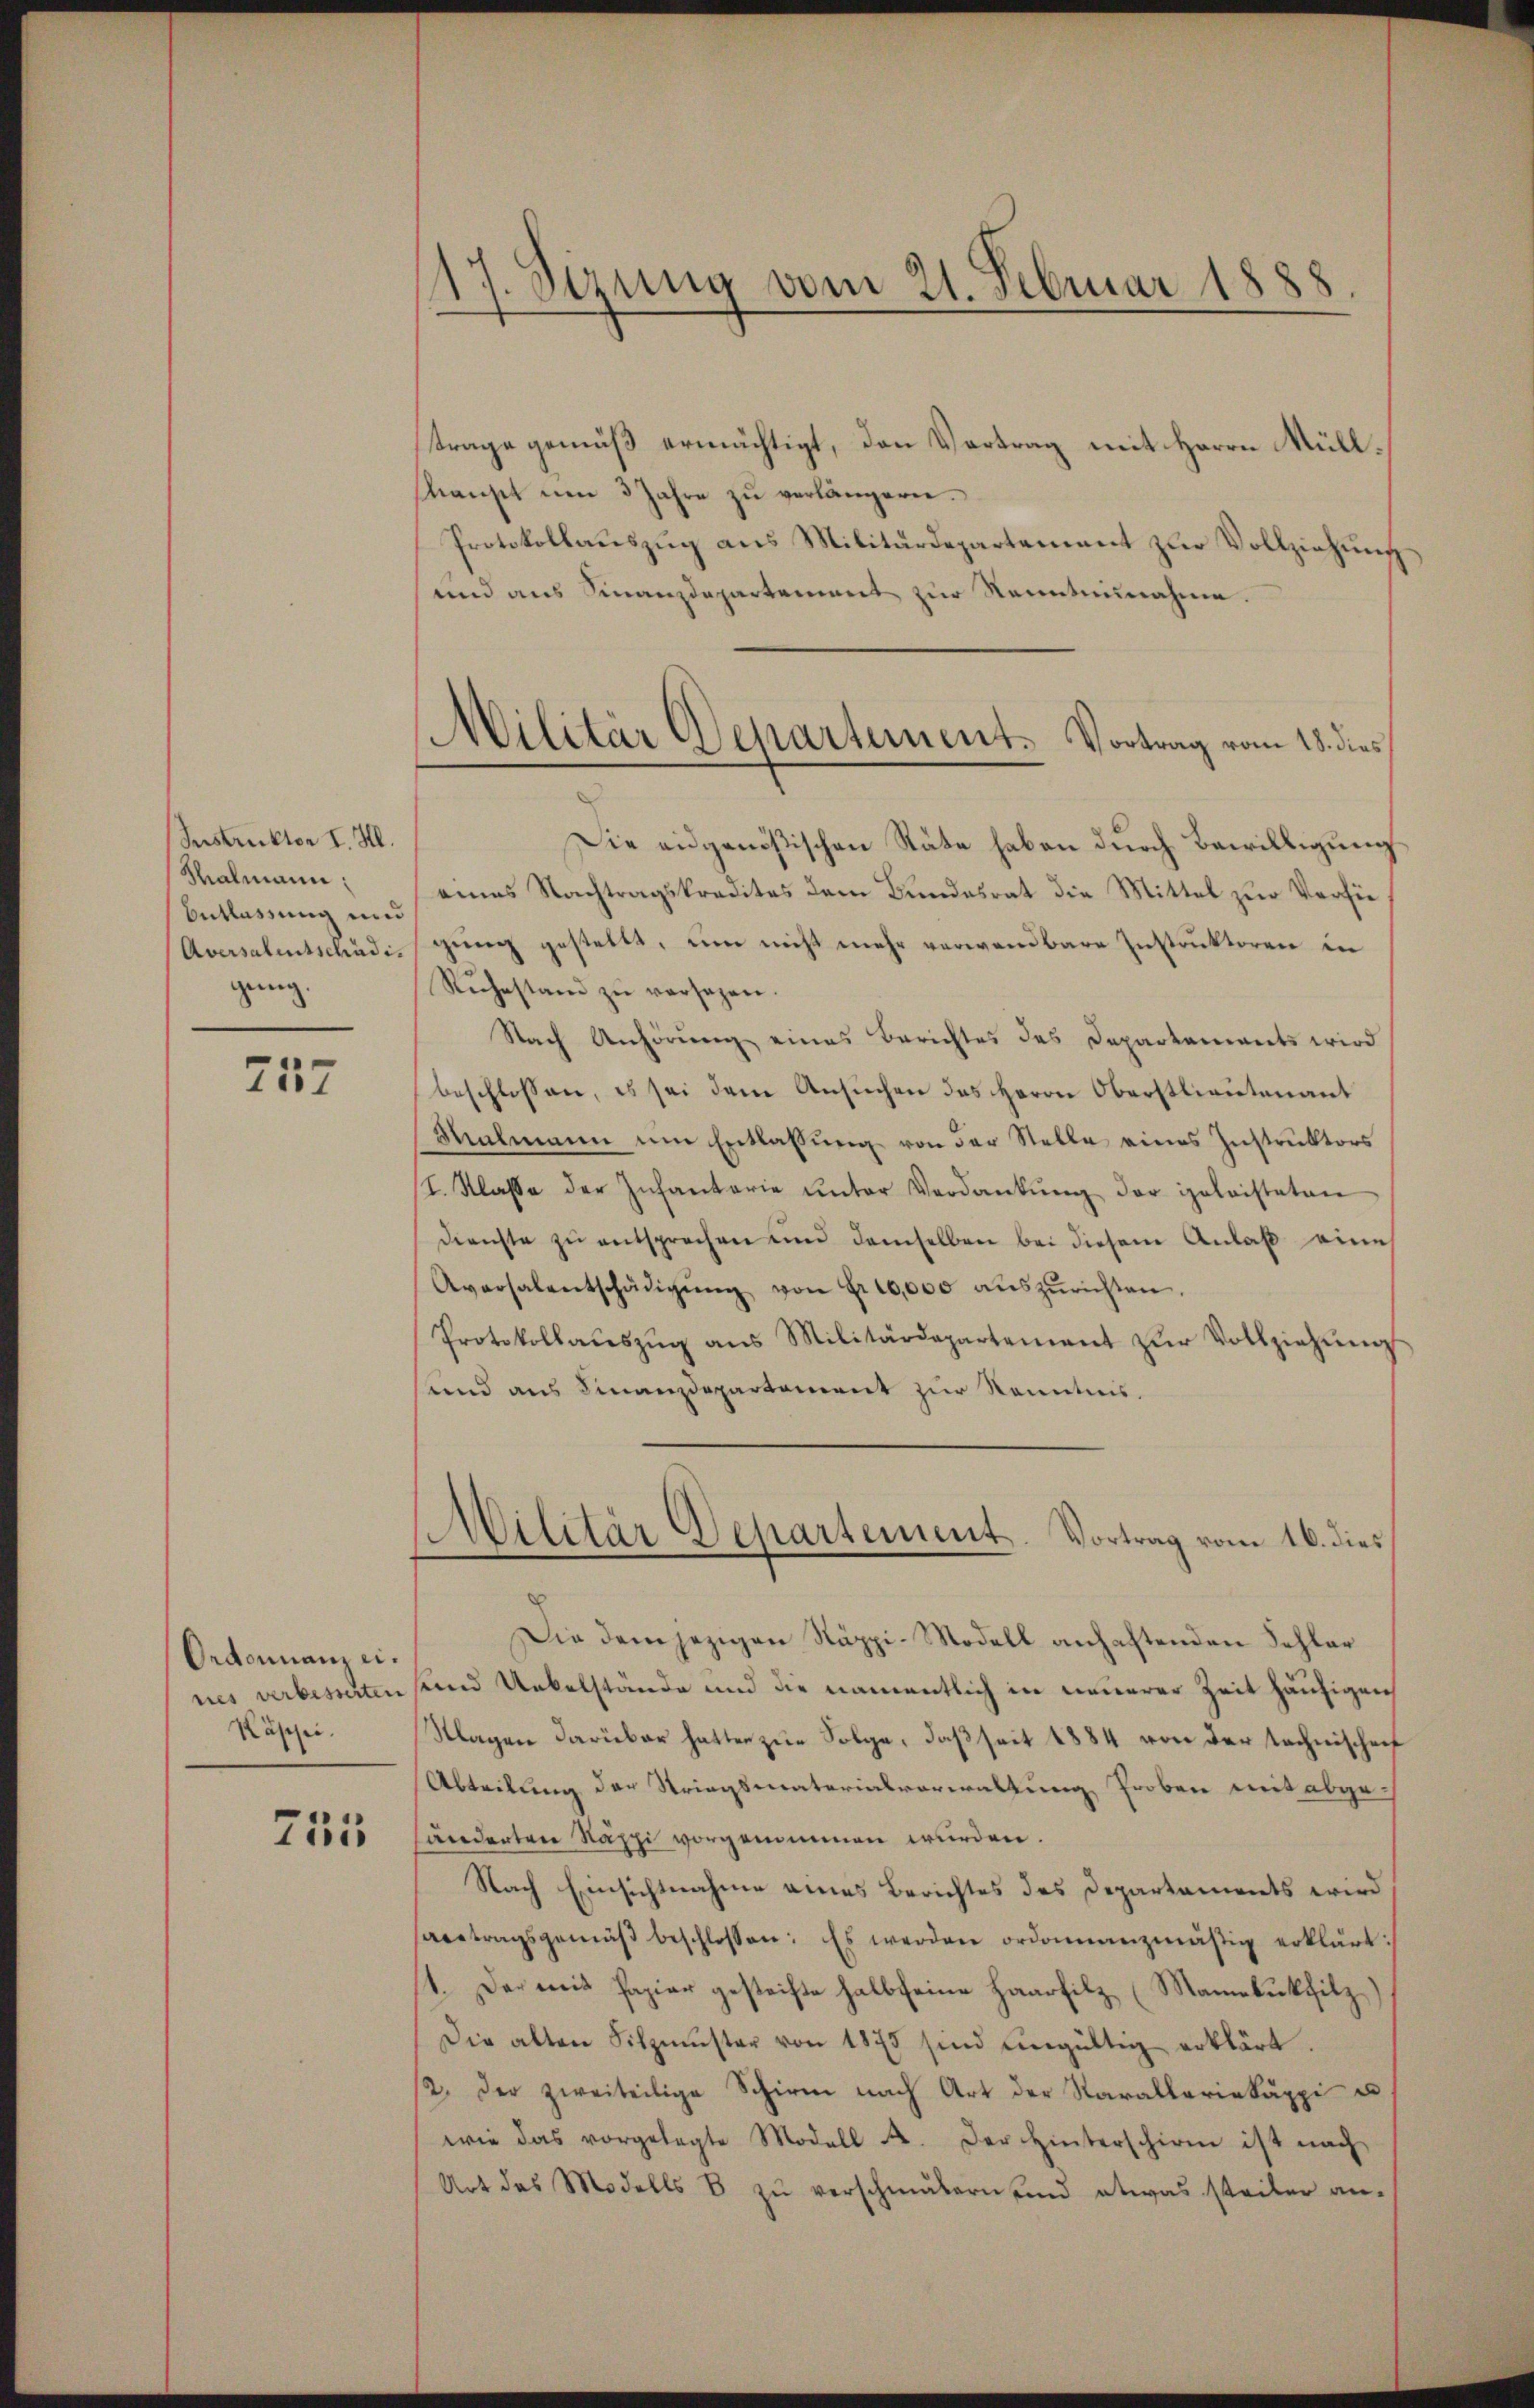
Instruktor I. H.
Salmann:
Entlassung und
Aversalentschädigung.

757

Ordonnanzeiries verbesserten
Käpsei.

755

17. Sizung vom 21. Februar 1888

Militär Departement. Vortrag vom 18. dies
.

trage gemäß ermächtigt, den Vertrag mit Herrn Müllhaust um 3 Jahre zu verlängern.
Protokollauszug aus Militärdepartement zur Vollziehung
und aus Finanzdepartement zur Kenntnisnahme.
Die eidgenößischen Räte haben durch Bewilligung
eines Nachtragskreditas dem Bundesrat die Mittel zur Versie
gŭng gestellt, um nicht mehr verwendbare Instruktoren in
Rŭhestand zŭ versagen.
Nach Anhörung eines Berichtes des Departements wird
beschlossen, es sei dem Ansŭchen des Herrn Oberstlieutenant
Malmann am Entlassŭng von der Stelle eines Instrŭktors
I. Klasse der Infantarie ŭnter Verdankŭng der geleisteten
Dienste zu entsprechen und demselben bei diesem Anlaß eine
Aversalentschädigŭng von Fr. 10,000 aŭszŭrichten.
Protokollaŭszŭg ans Militärdepartement zŭr Vollziehŭng
und aus Finanzdepartement zur Kenntnis.
Militär Departement. Vortrag vom 16. dies
Die dem jezigen Käppi-Modell anhaftenden Fehler
send Unkelstände und die namentlich in neuerer Zeit häufigen
Klagen darüber hatten zur Folge, daß seit 1884 von der Technischenf
Abteilung der Striegsmaterialverwaltung Proben mit abge-
händerten Räppi vorgenommen wurden.
Nach Einsichtnahme eines Berichtes des Departaments wird
abetragsgemäβ beschlossen: Es werden ordonanzmäßig erklärt:
11. Der mit Papier gesteifte halb seine Haarfilz (Mamnebukfilz
Die alten Silzmüster von 1873 sind ungültig erklärt.
12. Der zweiteilige Schirm nach Art der Naralleriekäppi u
wie das vorgelegte Modell A. Der Hinterschirm ist nach
Art des Modells 8 zŭ verschmälern sind etwas steiler an-